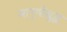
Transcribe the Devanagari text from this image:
मानुषीबुद्ध